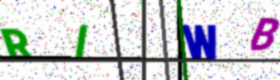
Text: RIWB